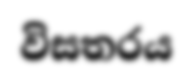
විසතරය